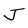
Character: J